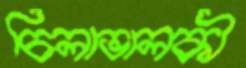
চিলাভালকী